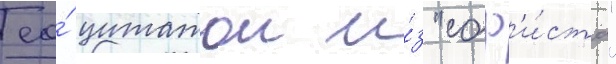
ео́ цитатои и́з "соф'и́ста"